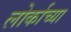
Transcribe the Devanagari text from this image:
लोर्काच्या